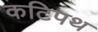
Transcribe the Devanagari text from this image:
कटिपथ